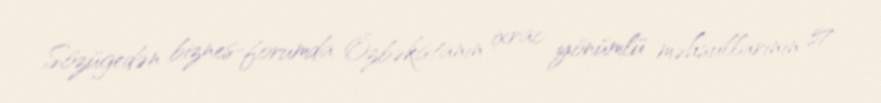
Sözügedən biznes-forumda Özbəkistanın ixrac yönümlü məhsullarının 57